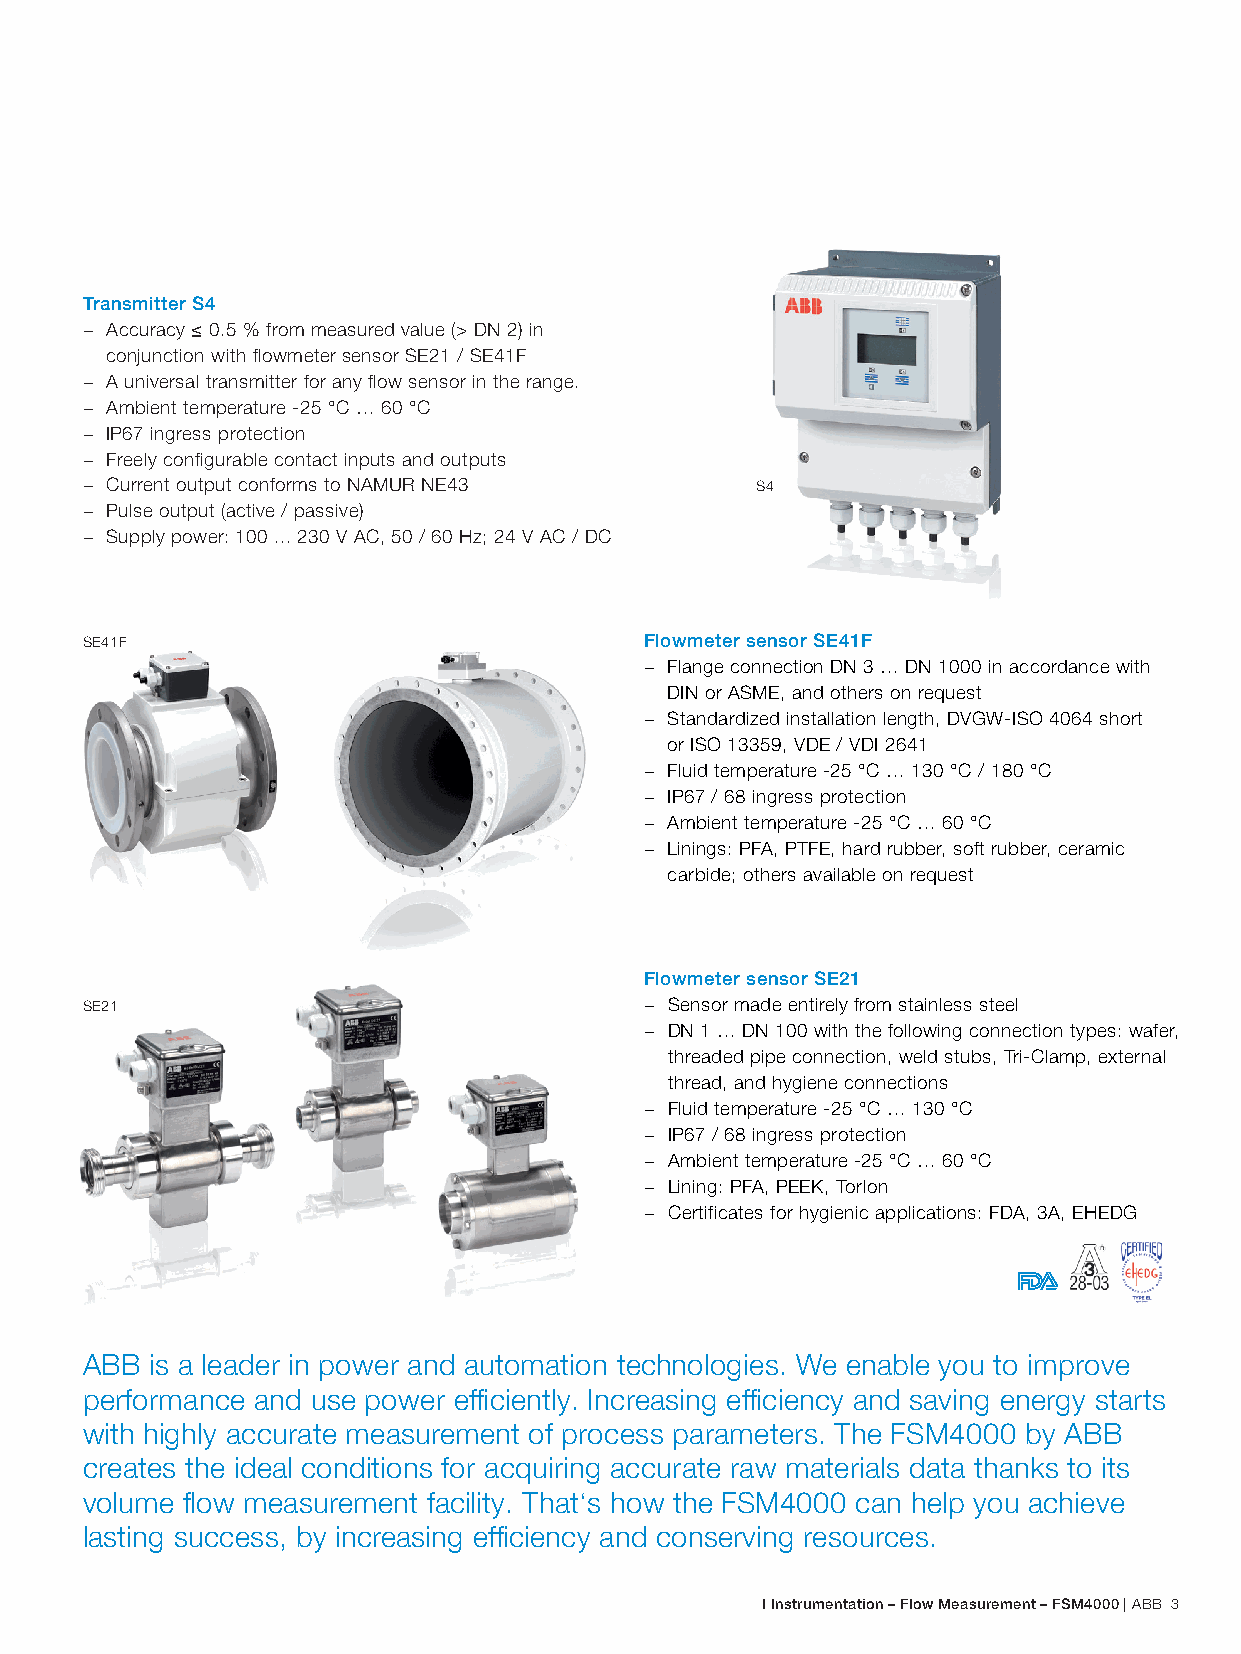
Electromagnetic flow measurement
 With the FSM4000 made in ABB
 Transmitter S4
 − Accuracy ≤ 0.5 % from measured value (> DN 2) in
 conjunction with flowmeter sensor SE21 / SE41F
 − A universal transmitter for any flow sensor in the range.
 − Ambient temperature -25 °C … 60 °C
 − IP67 ingress protection
 − Freely configurable contact inputs and outputs
 − Current output conforms to NAMUR NE43      S4
 − Pulse output (active / passive)
 − Supply power: 100 ... 230 V AC, 50 / 60 Hz; 24 V AC / DC
 SE41F                                 Flowmeter sensor SE41F
 − Flange connection DN 3 … DN 1000 in accordance with
 DIN or ASME, and others on request
 − Standardized installation length, DVGW-ISO 4064 short
 or ISO 13359, VDE / VDI 2641
 − Fluid temperature -25 °C … 130 °C / 180 °C
 − IP67 / 68 ingress protection
 − Ambient temperature -25 °C … 60 °C
 − Linings: PFA, PTFE, hard rubber, soft rubber, ceramic
 carbide; others available on request
 Flowmeter sensor SE21
 SE21                                  − Sensor made entirely from stainless steel
 − DN 1 … DN 100 with the following connection types: wafer,
 threaded pipe connection, weld stubs, Tri-Clamp, external
 thread, and hygiene connections
 − Fluid temperature -25 °C … 130 °C
 − IP67 / 68 ingress protection
 − Ambient temperature -25 °C … 60 °C
 − Lining: PFA, PEEK, Torlon
 − Certificates for hygienic applications: FDA, 3A, EHEDG
 ABB  is a leader in power and automation technologies. We enable you to improve
 performance and use power efficiently. Increasing efficiency and saving energy starts
 with highly accurate measurement of process parameters. The FSM4000 by ABB
 creates the ideal conditions for acquiring accurate raw materials data thanks to its
 volume flow measurement facility. That‘s how the FSM4000 can help you achieve
 lasting success, by increasing efficiency and conserving resources.
 I Instrumentation – Flow Measurement – FSM4000 | ABB 3